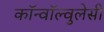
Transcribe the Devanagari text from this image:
कॉन्वॉल्वुलेसी